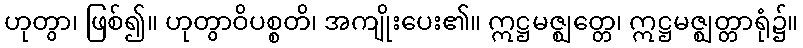
ဟုတွာ၊ ဖြစ်၍။ ဟုတွာဝိပစ္စတိ၊ အကျိုးပေး၏။ ဣဋ္ဌမဇ္ဈတ္တေ၊ ဣဋ္ဌမဇ္ဈတ္တာရုံ၌။